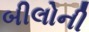
બીલોની